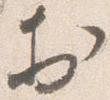
於